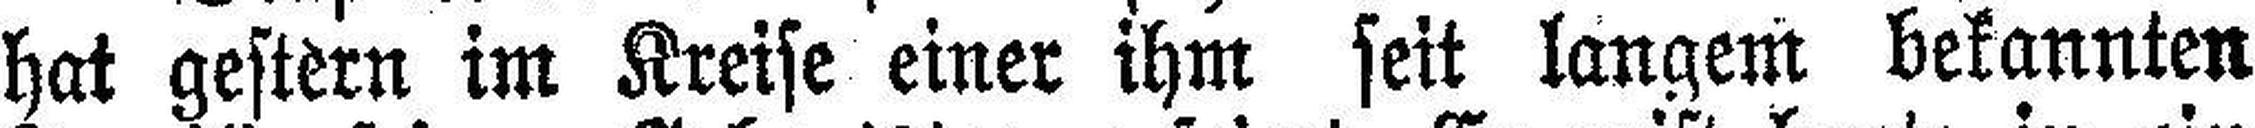
hat gestern im Kreise einer ihm seit langem bekannten